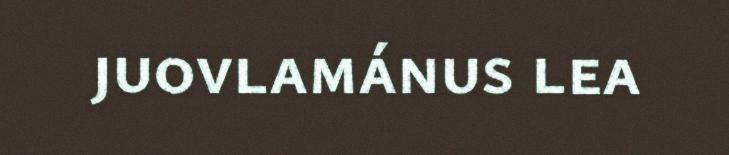
juovlamánus lea